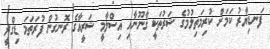
ފަނޑިޔާރު ކަމަށް ކުރިމަތިލުމުގެ ޝަރުތަކީ ގާނޫނާއި އިސްލާމީ ޝަރީއާގެ ރޮނގުން ފުރަތަމަ ޑިގްރީ